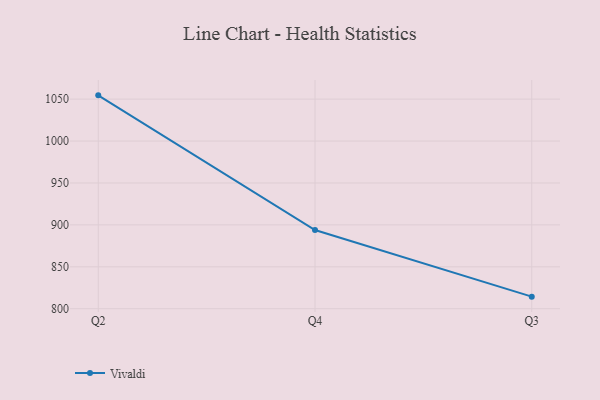
{"axis": {"x": "Quarter", "y": "Production Output"}, "legend": ["Vivaldi"], "data": [{"x": "Q2", "y": 1054.5, "type": "Vivaldi"}, {"x": "Q4", "y": 893.8, "type": "Vivaldi"}, {"x": "Q3", "y": 814.4, "type": "Vivaldi"}]}